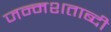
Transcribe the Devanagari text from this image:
जन्‍मशताब्‍दी